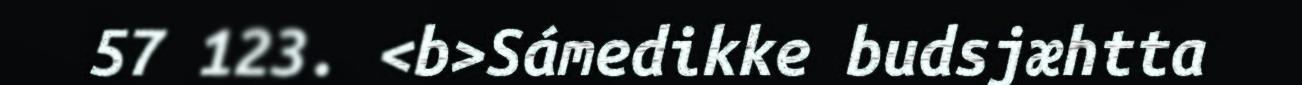
57 123. <b>Sámedikke budsjæhtta